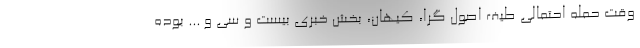
وقت حمله احتمالي طيف اصول گرا، کيهان، بخش خبري بيست و سي و ... بوده